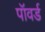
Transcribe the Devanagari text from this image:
पॉवर्ड